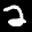
Label: 2